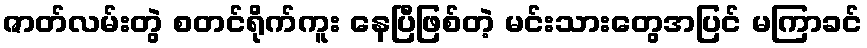
ဇာတ်လမ်းတွဲ စတင်ရိုက်ကူး နေပြီဖြစ်တဲ့ မင်းသားတွေအပြင် မကြာခင်